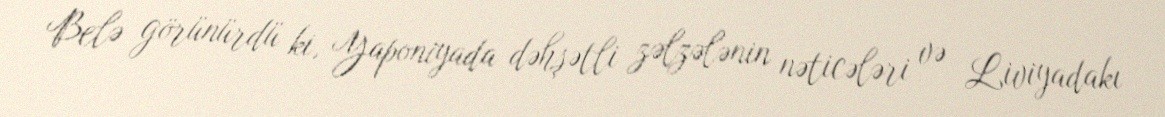
Belə görünürdü ki, Yaponiyada dəhşətli zəlzələnin nəticələri və Liviyadakı